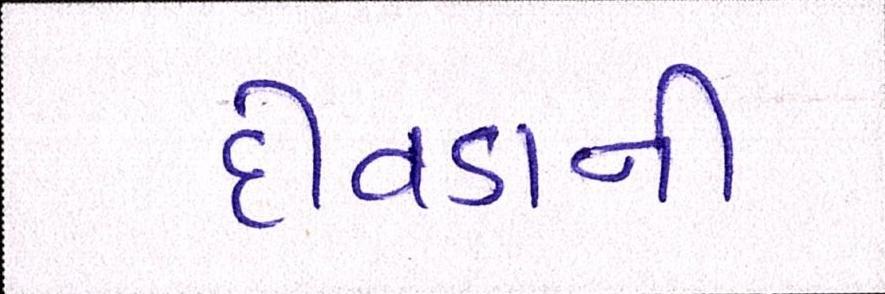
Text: દીવડાની